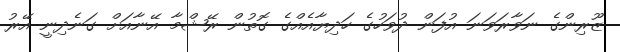
ޒޫރިންގެ ނަވާރަވަނަ އުފަން ދުވަހުގެ ހަދިޔާއެއްގެ ގޮތުން ރޭޝްމާ އޭނާއަށް ގަނެދިނީ އޭރު